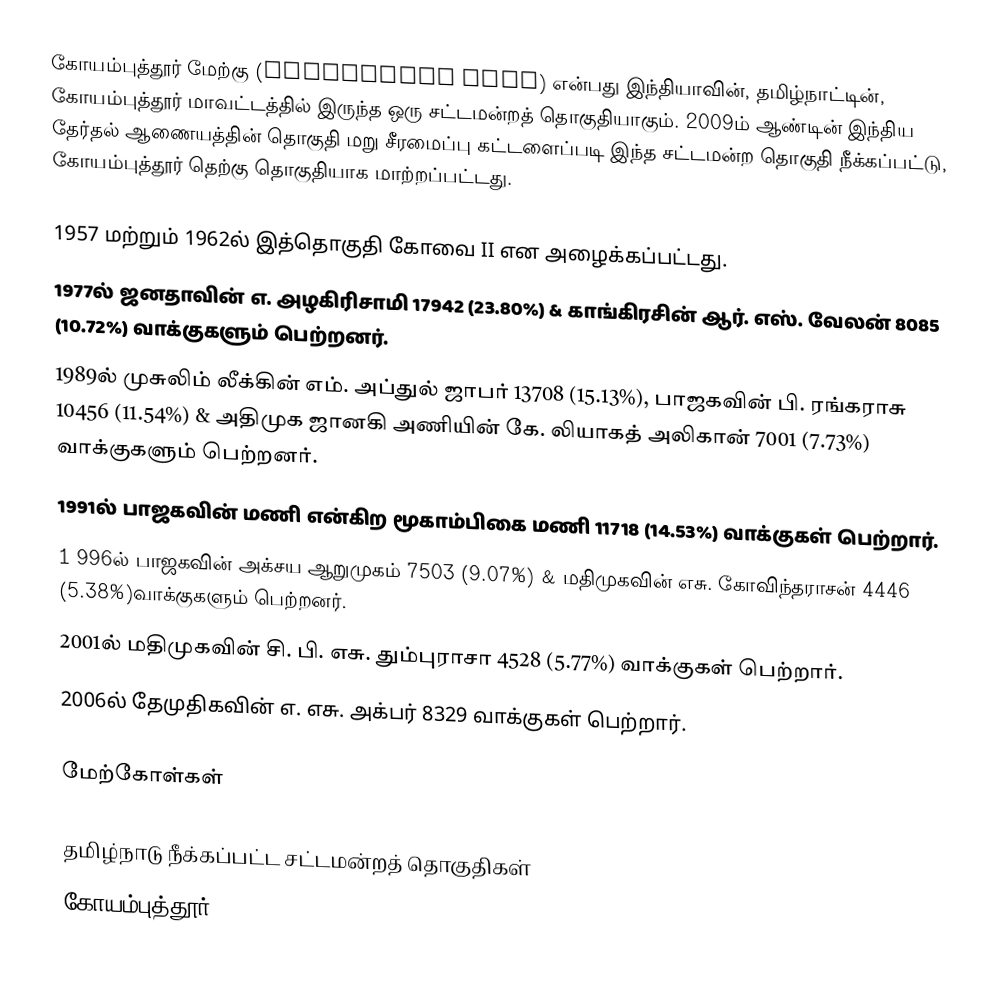
கோயம்புத்தூர் மேற்கு (Coimbatore West) என்பது இந்தியாவின், தமிழ்நாட்டின், கோயம்புத்தூர் மாவட்டத்தில் இருந்த ஒரு சட்டமன்றத் தொகுதியாகும்.  2009ம் ஆண்டின் இந்திய தேர்தல் ஆணையத்தின் தொகுதி மறு சீரமைப்பு கட்டளைப்படி இந்த சட்டமன்ற தொகுதி நீக்கப்பட்டு, கோயம்புத்தூர் தெற்கு தொகுதியாக மாற்றப்பட்டது.

 1957 மற்றும் 1962ல் இத்தொகுதி கோவை II என அழைக்கப்பட்டது.
 1977ல் ஜனதாவின் எ. அழகிரிசாமி 17942 (23.80%) & காங்கிரசின் ஆர். எஸ். வேலன்  8085 (10.72%) வாக்குகளும் பெற்றனர்.
 1989ல் முசுலிம் லீக்கின் எம். அப்துல் ஜாபர் 13708 (15.13%), பாஜகவின் பி. ரங்கராசு 10456 (11.54%) & அதிமுக ஜானகி அணியின் கே. லியாகத் அலிகான் 7001 (7.73%) வாக்குகளும் பெற்றனர்.
 1991ல் பாஜகவின் மணி என்கிற மூகாம்பிகை மணி 11718 (14.53%) வாக்குகள் பெற்றார்.
1 996ல் பாஜகவின் அக்சய ஆறுமுகம் 7503 (9.07%)  & மதிமுகவின் எசு. கோவிந்தராசன்  4446 (5.38%)வாக்குகளும் பெற்றனர்.
 2001ல் மதிமுகவின் சி. பி.  எசு. தும்புராசா 4528 (5.77%)  வாக்குகள் பெற்றார்.
 2006ல் தேமுதிகவின் எ. எசு. அக்பர் 8329 வாக்குகள் பெற்றார்.

மேற்கோள்கள்

தமிழ்நாடு நீக்கப்பட்ட சட்டமன்றத் தொகுதிகள்
கோயம்புத்தூர்